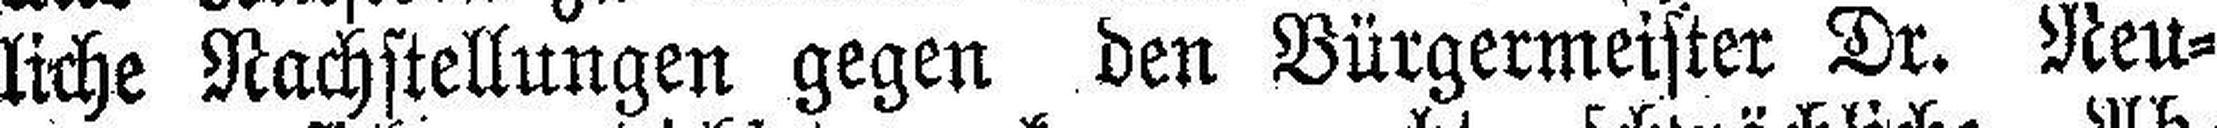
liche Nachstellungen gegen den Bürgermeister Dr. Neu¬